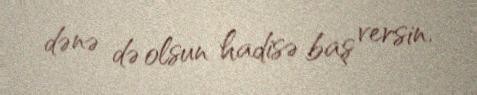
dənə də olsun hadisə baş versin.